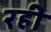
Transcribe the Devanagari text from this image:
रही